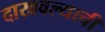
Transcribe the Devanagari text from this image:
दाखवल्याची